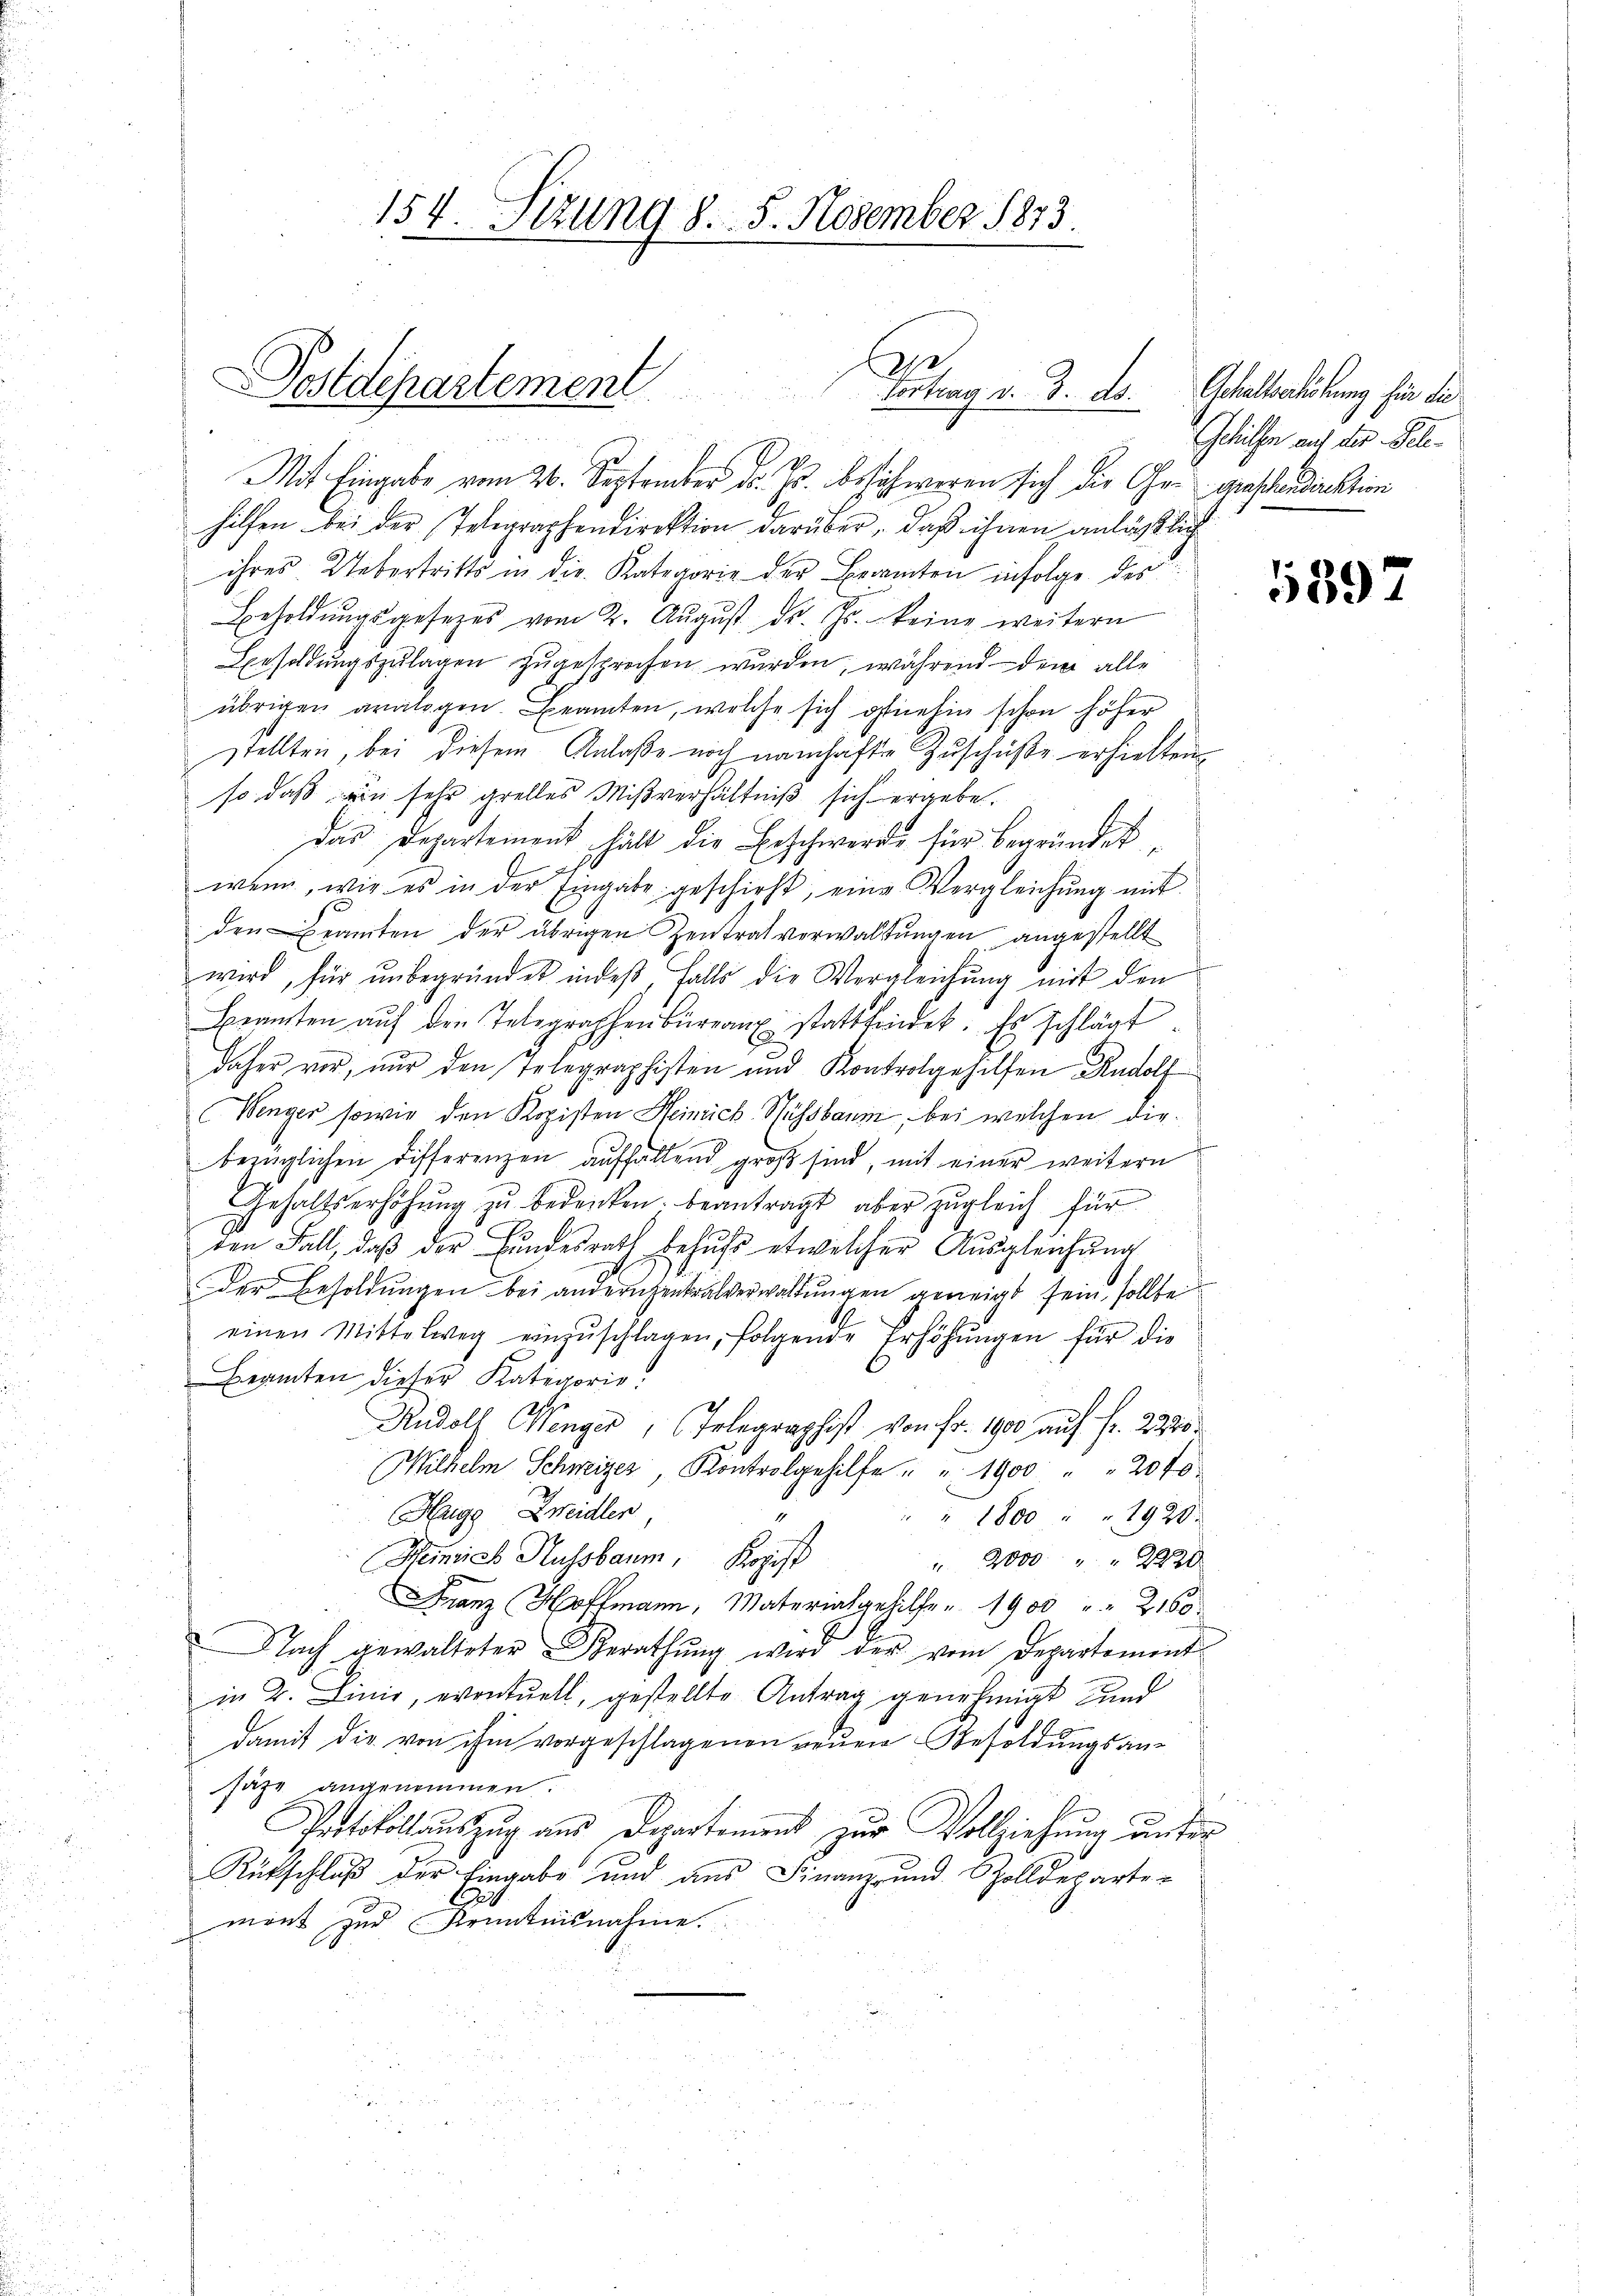
a
Postdepartement
Vortrag v. 3. ds. Schaltserhöhung hin die
24 x

154. Sitzung d. 5. November 1873.

Mit Eingabe vom 26. September d. Js. beschweren sich die Ge- gestandaktion
hilfen bei der Telegraphendirektion darüber, daß ihnen anläßlich
ihres Uebertritts in die Kategorie der Beamten infolge des
Besoldŭngsgesetzes vom 2. Aŭgŭst d. Js. keine weitern
Besoldungszulagen zugesprochen wurden, während dem alle
übrigen analogen. Beamten, welche sich genehin schon höher
stellten, bei diesem Anlaße noch namhafte Zuschüße erhielten
so daß ein sehr grelles Mißverhältniß sich ergebe.
das Departement hält die Erschwerde für begründet
wenn, wie es in der Eingabe geschieht, eine Vergleichung mit
den Beamten der übrigen Zentrat verwaltungen angestellt
wird, für unbegründet indeß, falls die Vergleichung mit den
Beamten aŭf den Telegraphenbüreaux stattfindet. Es schlägt
daher vor, nur den Telegraphisten und Kontrolgehilfen Rudolf
Wenger sowie den Kopisten Heinrich Nussbaum, bei welchen die
bezüglichen Differenzen auffällend groß sind, mit einer weitern
Gehaltserhöhung zu bedenken. beantragt, aber zugleich für
den Fall, daβ der Hundesrath behŭfs etwelcher Ausgleichung
der Besoldungen bei andern entralverwaltungen geneigt sein, sollte
einen Mittelweg einzŭschlagen, folgende Erhöhŭngen für die
Beamten dieser Kategorie
Rudolf Menger, Telegraphist von Fr. 1900 auf fr. 2220
Wilhelm Schweizer Kontrogehilfe " " 1900 " " 20f
Hugg, Zweidler
" 1800 " " 1920
Remich Hussbaum, Kopist
 2000 " " 2220
Franz Hoffmann, Materialgehilfe 1900 " " 2160
Nach gewalteter Berathŭng wird der vom Departement
in 2. Linie, eventuell, gestellte Antrag genehmigt und
damit die von ihm vorgeschlagenen neuen Besoldungsansate angenommen.
Protokollauszug aus Departement zur Vollziehung unter
Rückschluß der Eingabe und aus Finanz- und Zolldeparte-
mont zur Kenntnisnahme.

Gehülfen auf der Pele-

639